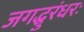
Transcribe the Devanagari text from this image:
जगद्धुरंधरः